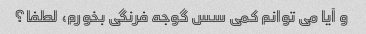
و آیا می توانم کمی سس گوجه فرنگی بخورم، لطفا؟